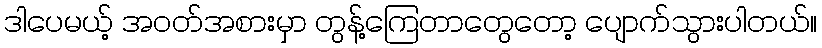
ဒါပေမယ့် အဝတ်အစားမှာ တွန့်ကြေတာတွေတော့ ပျောက်သွားပါတယ်။